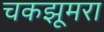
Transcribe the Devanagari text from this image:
चकझूमरा